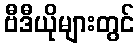
ဗီဒီယိုများတွင်